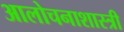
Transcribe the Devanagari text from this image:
आलोचनाशास्त्री